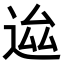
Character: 𨒴